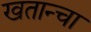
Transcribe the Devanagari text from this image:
खतान्चा